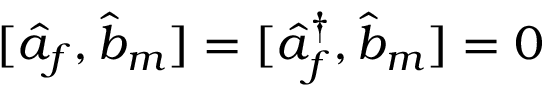
[ \hat { a } _ { f } , \hat { b } _ { m } ] = [ \hat { a } _ { f } ^ { \dagger } , \hat { b } _ { m } ] = 0